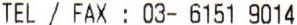
TEL / FAX : 03- 6151 9014